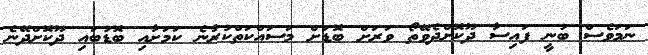
ނަމަވެސް ބުނީ ފައިސާ ދޫކޮށްދެވޭތޯ ވަރަށް ބޮޑަށް މަސައްކަތްކުރާނެ ކަމަށާއި ބޮޑުބައި ދޫކޮށްދޭނެ